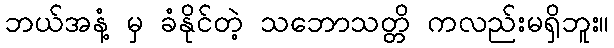
ဘယ်အနံ့ မှ ခံနိုင်တဲ့ သဘောသတ္တိ ကလည်းမရှိဘူး။